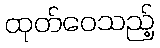
ထုတ်ဝေသည့်